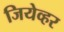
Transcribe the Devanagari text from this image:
जियेव्हर